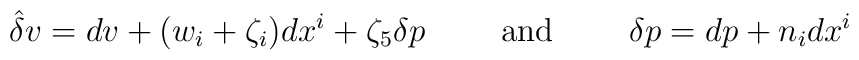
\hat{\delta } v=dv+(w_{i}+\zeta _i)dx^i+\zeta _{5}\delta p\qquad\mbox{ and } \qquad \delta p=dp+n_i dx^i